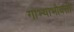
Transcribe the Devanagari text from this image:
गाभ्याभोवती